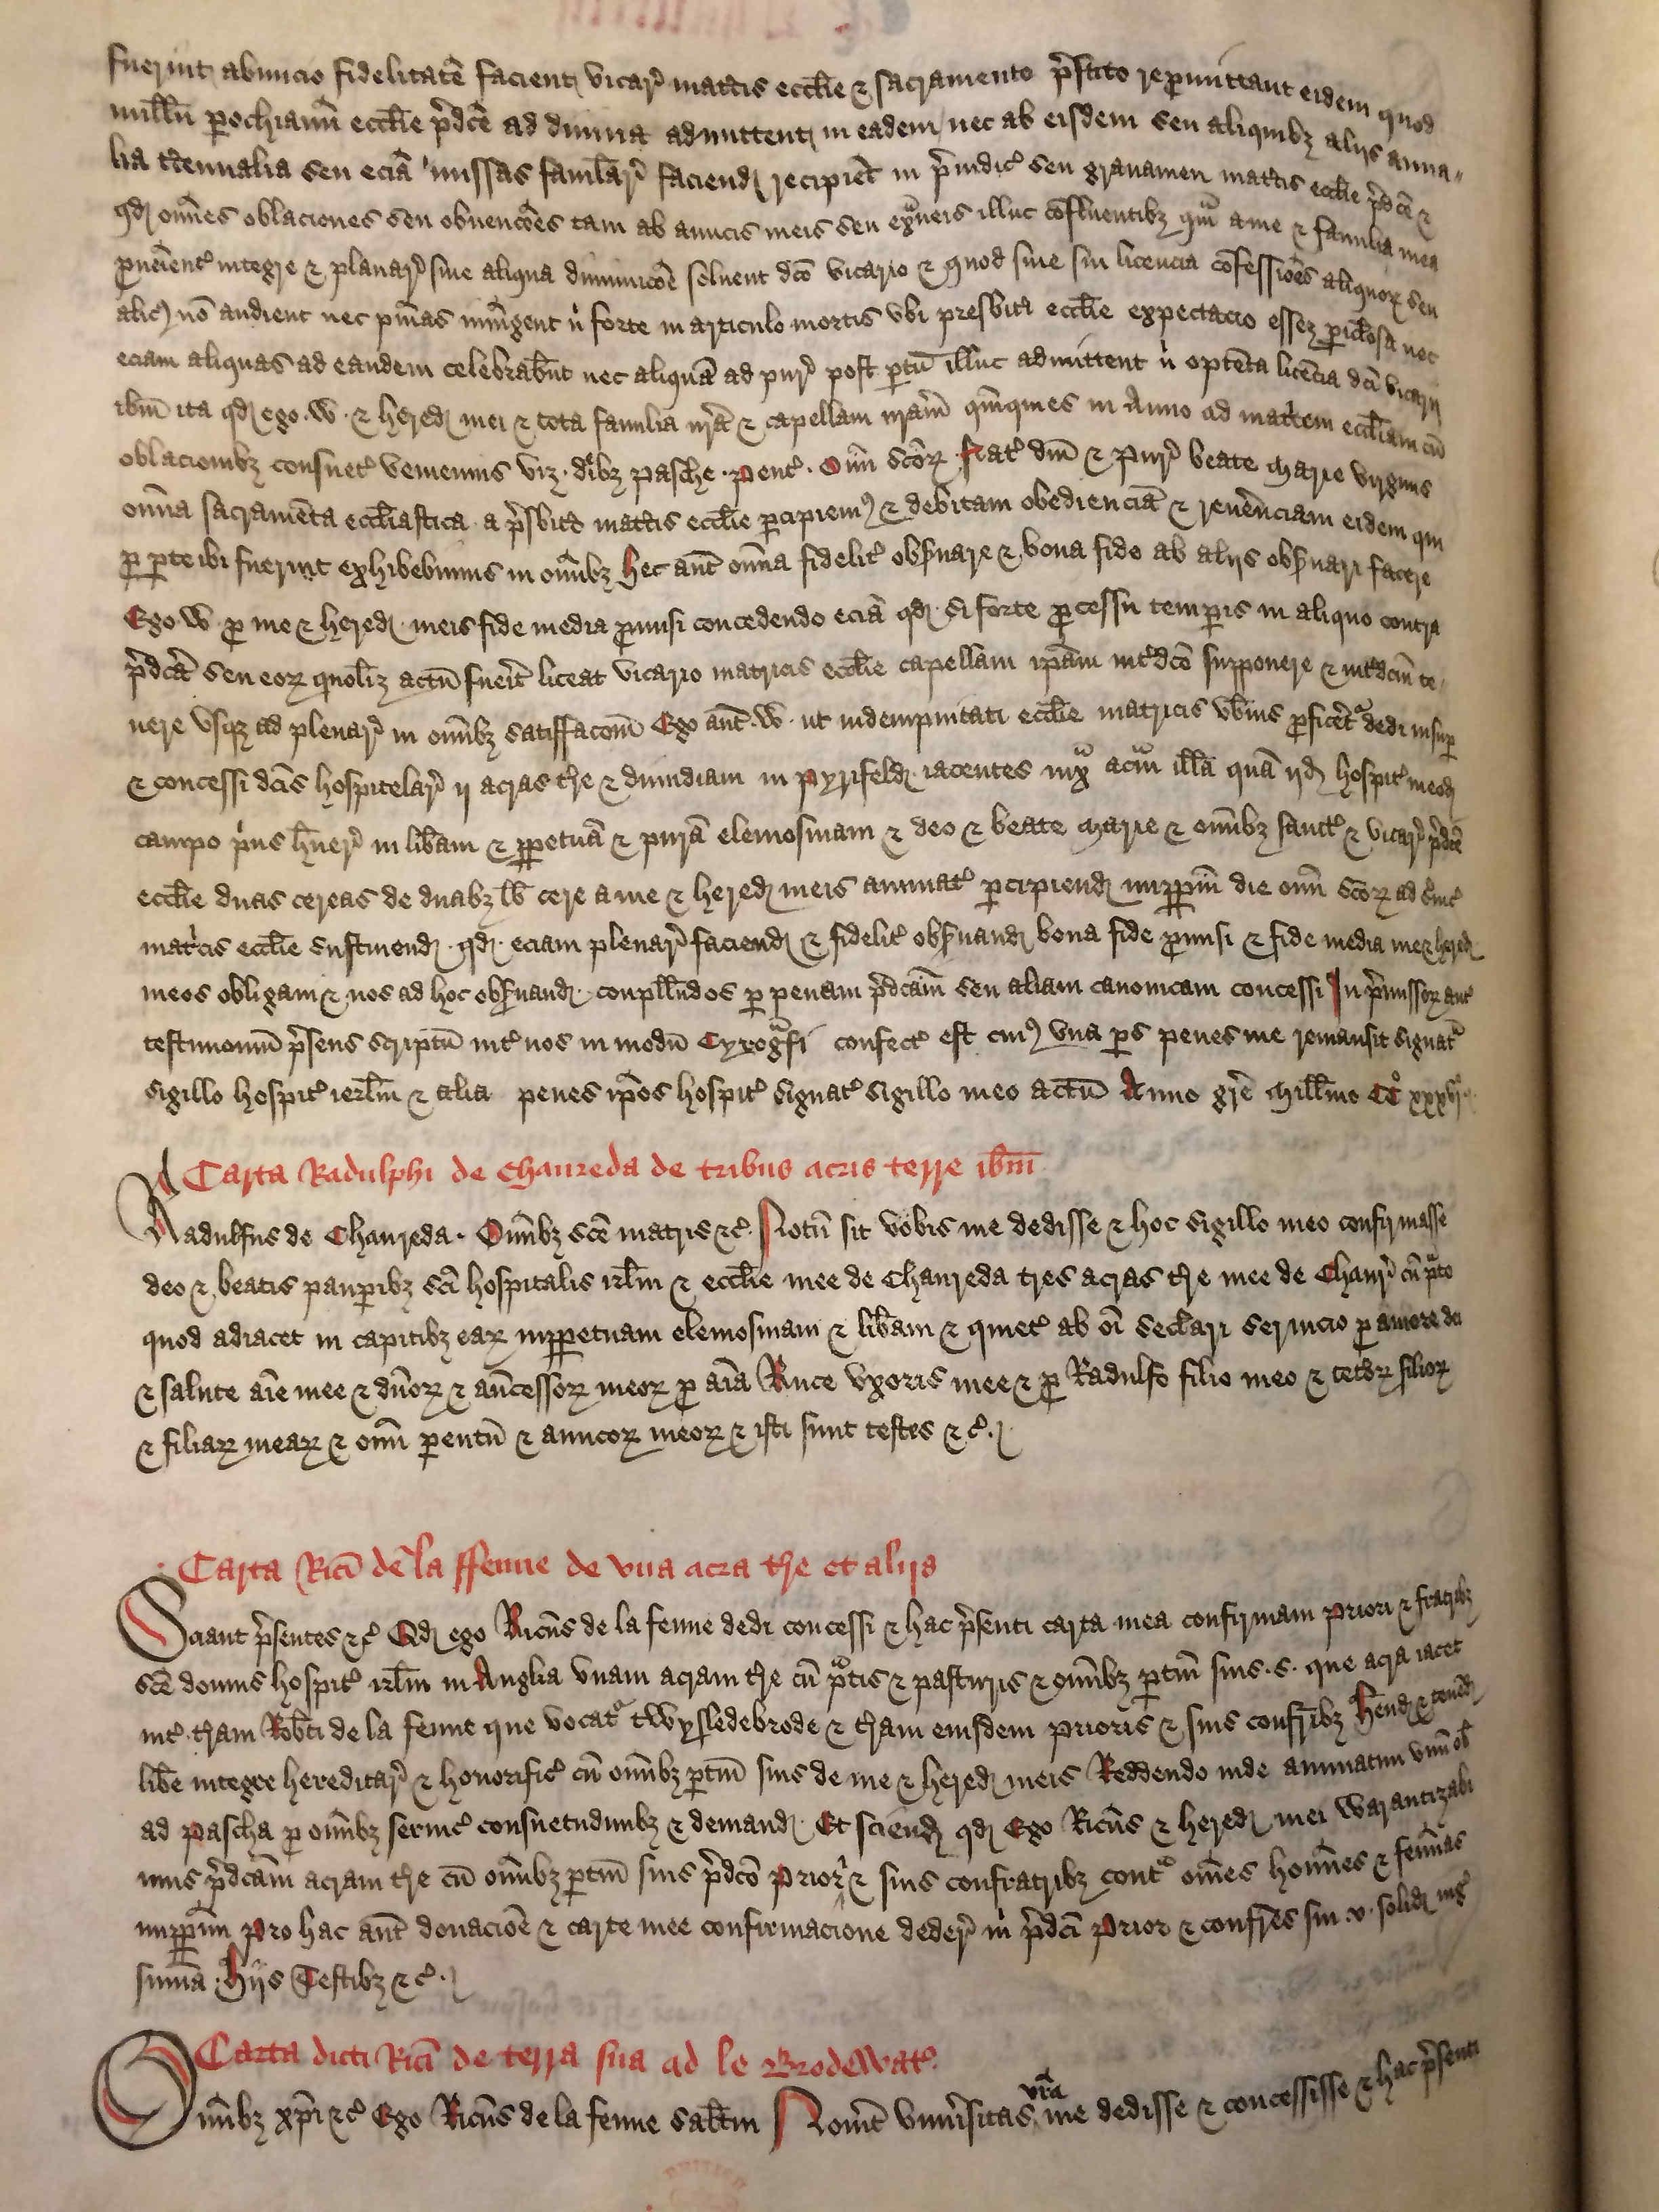
Shelfmark: London, British Library, Nero E VI
Century: 15